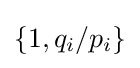
\{1,q_{i}/p_{i}\}